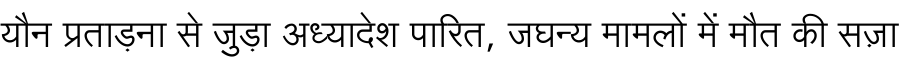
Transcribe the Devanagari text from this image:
यौन प्रताड़ना से जुड़ा अध्यादेश पारित, जघन्य मामलों में मौत की सज़ा